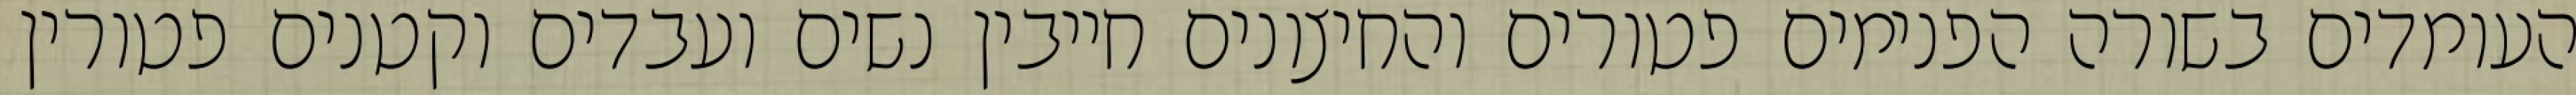
העומדים בשורה הפנימים פטורים והחיצונים חייבין נשים ועבדים וקטנים פטורין